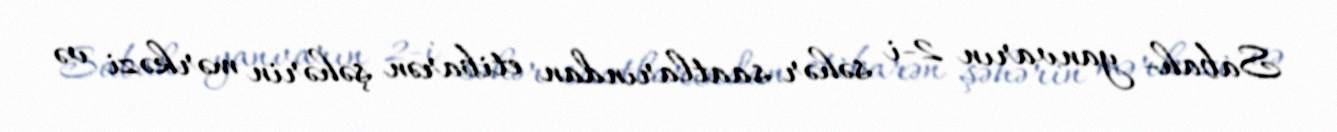
Sabah- yanvarın 2-i səhər saatlarından etibarən şəhərin mərkəzi və